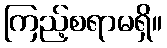
ကြည့်စရာမရှိ။